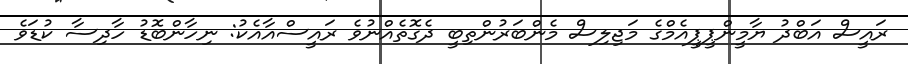
ރައީސް އަބްދު ޔާމީންޕީޕީއެމްގެ މަޖިލިސް މެންބަރުންތިބީ ދެގޮތެއްނުވެ ރައީސްއާއެކު: ނިހާންބޮޑު ހާދިސާ ކުޑަވެ